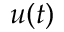
u ( t )